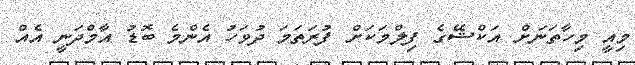
މިއީ މިހާތަނަށް އަކްޝޭގެ ފިލްމަކަށް ފުރަތަމަ ދުވަހު އެންމެ ބޮޑު އާމްދަނީ އެއް